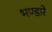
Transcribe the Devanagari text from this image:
भण्‍डारे